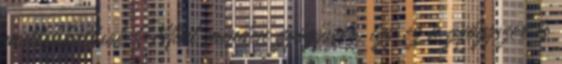
mellékhatások Mint minden gyógyszer, így ez a gyógyszer is